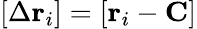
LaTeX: \left[\Delta\mathbf{r}_{i}\right]=\left[\mathbf{r}_{i}-\mathbf{C}\right]